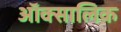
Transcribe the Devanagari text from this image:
ऑक्सालिक